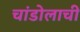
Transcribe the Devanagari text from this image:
चांडोलाची